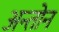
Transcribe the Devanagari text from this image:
अन्तोन